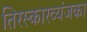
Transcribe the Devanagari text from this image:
तिरस्कारव्यंजका